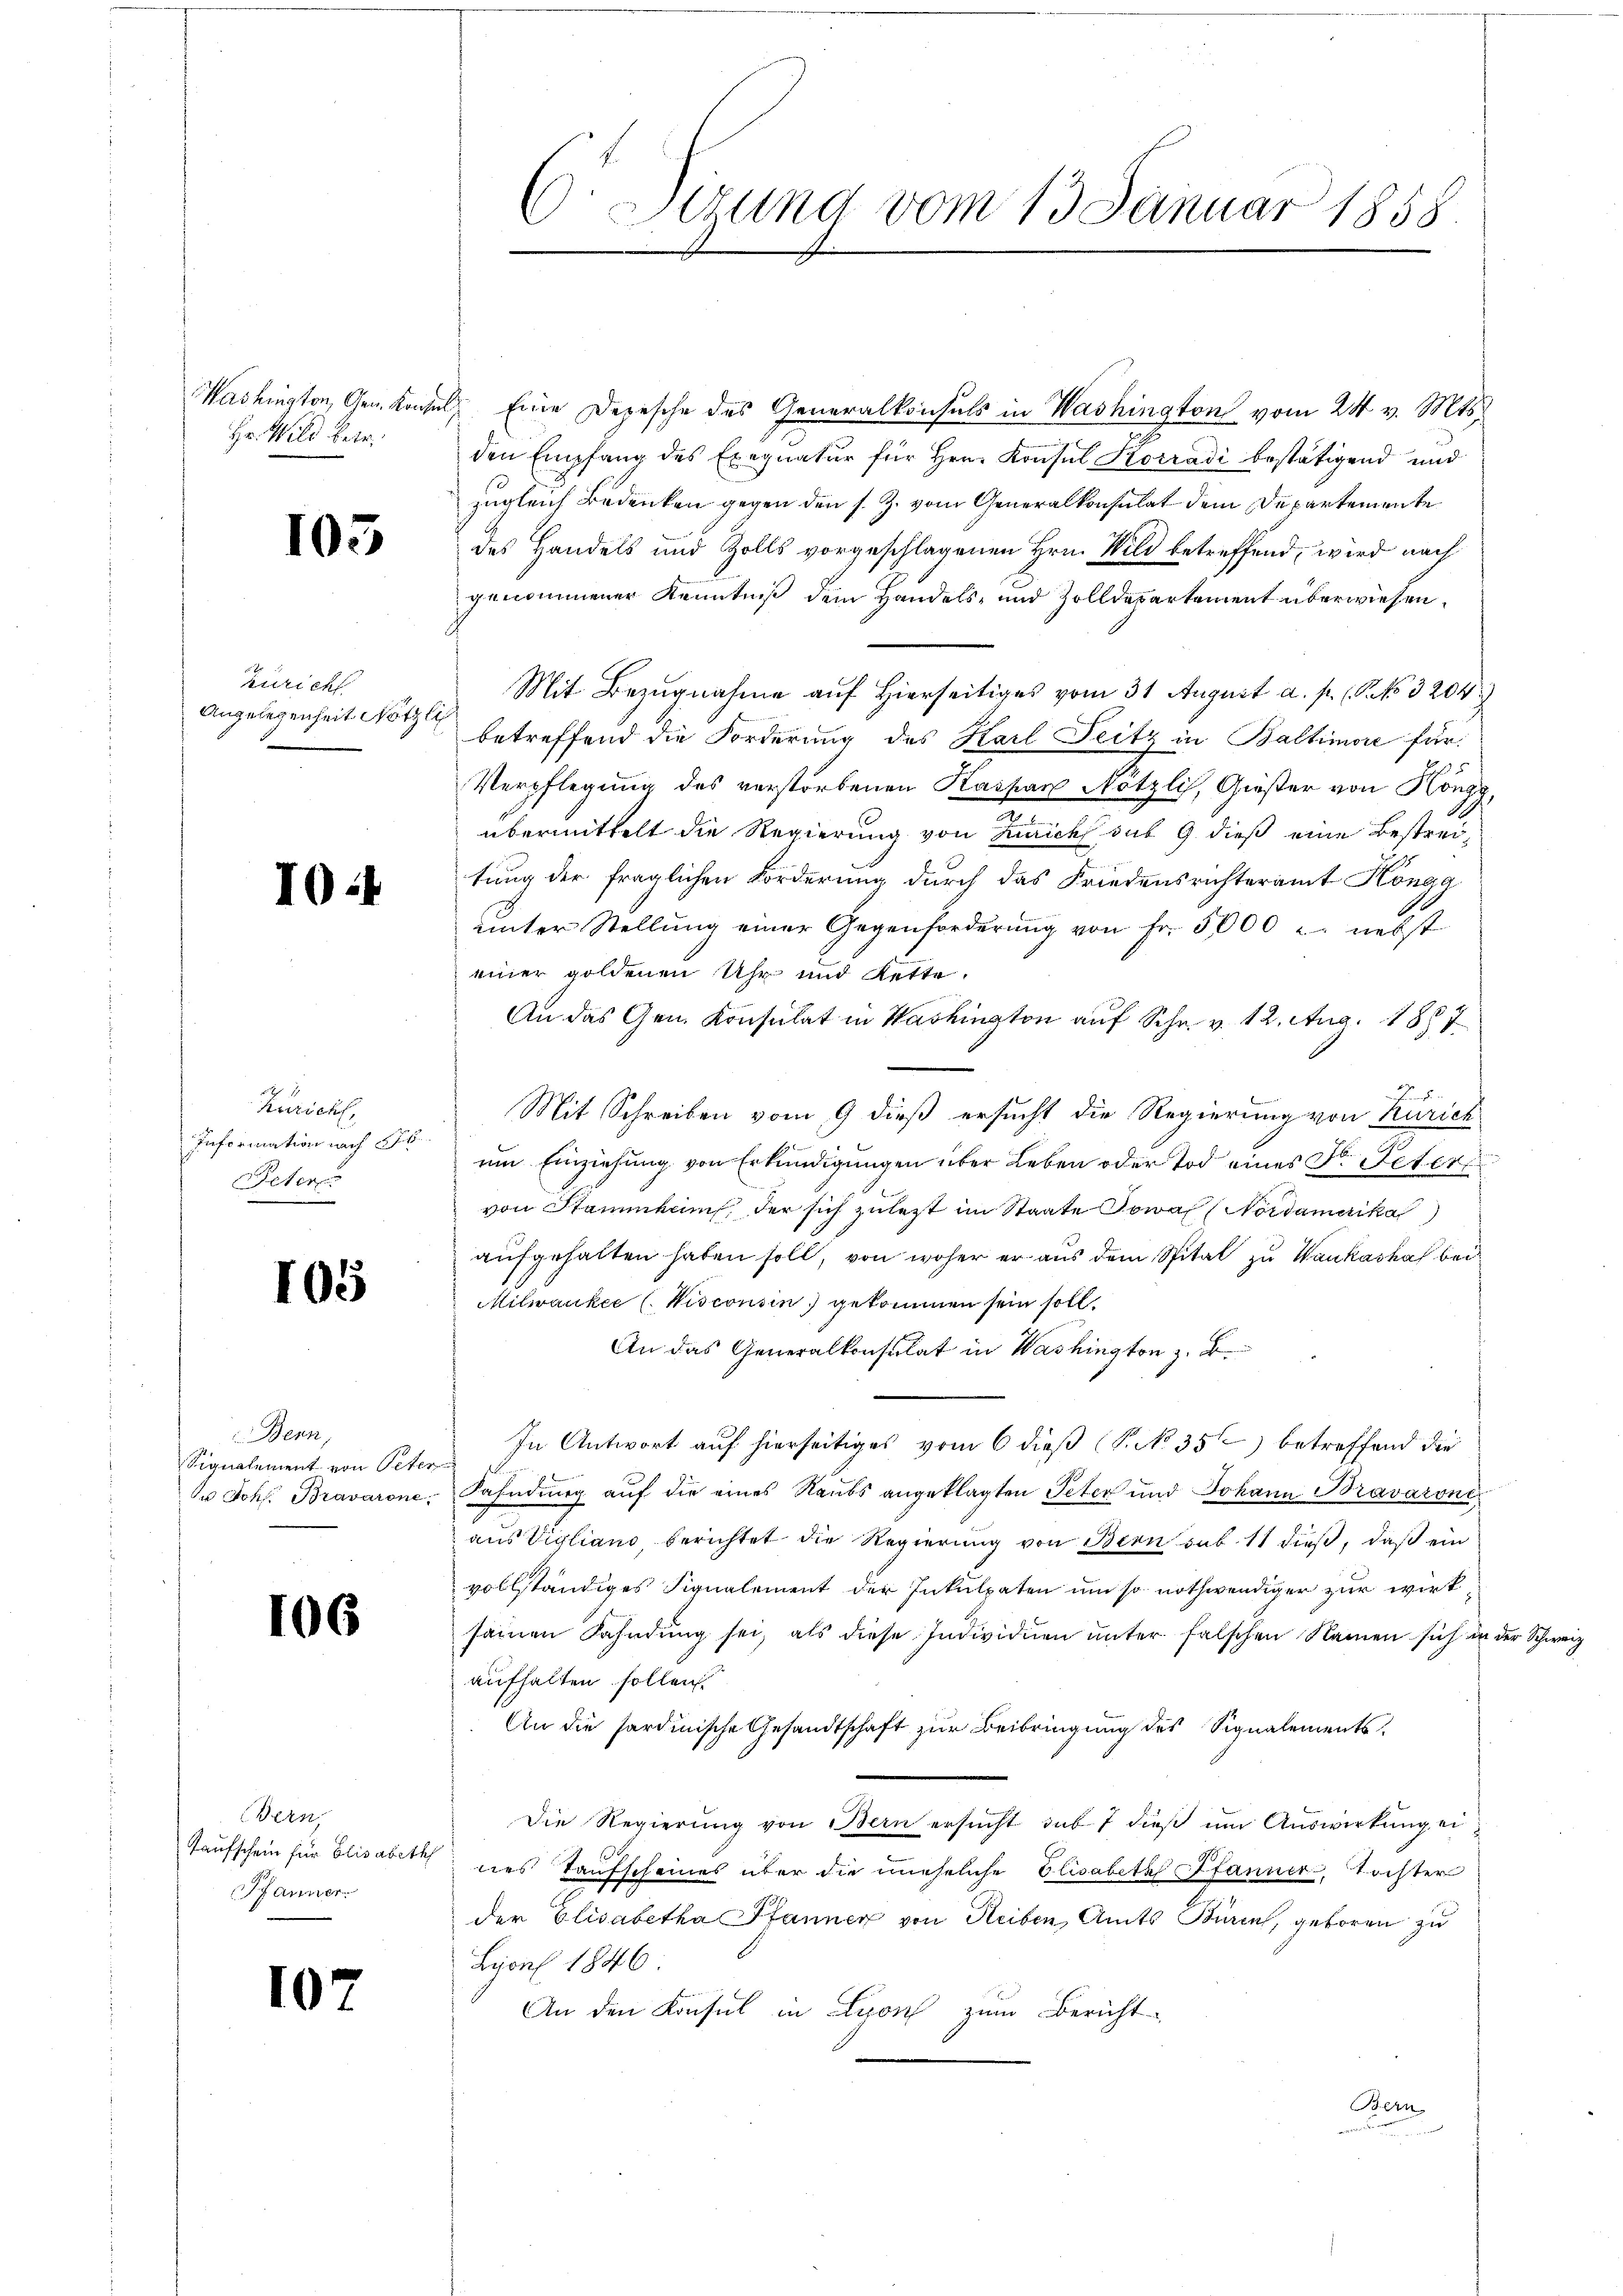
Washington, Gen. Konze
Hr. Wild betr.

105

Zürich
Angelegenheit Nötzli

I0:1

Küricht,
Information nach St.
Peter

105

Bern,
Signalement von Pete
r Johs. Bravarone

106

Bern
Kaufschein für Elisabeth
Pfanner

107

C. Sitzung vom 13. Januar 1858.

d Eine Depesche des Generalkonsuls in Washington vom 24. v. Mts.
den Empfang des Exequatur für Hrn. Konsul Korradi bestätigend und
zugleich Bedenken gegen den s. Z. vom Generalkonsulat dem Departemente
des Handels und Zolls vorgeschlagenen Hrn. Wild betreffend, wird nach
genommener Kenntniß dem Handels- und Zolldepartement überwiesen.
Mit Bezugnahme auf Hierseitiges vom 31 August a. p. (S. 3204
betreffend die Forderung des Karl Peitz in Baltimore für
Verpflegung des verstorbenen Kaspar Nötzli, Gießer von Höngg,
übermittelt die Regierung von Zürich sub 9 dieß eine Bestreitung der fraglichen Forderung durch das Friedensrichteramt Höngg
unter Stellung einer Gegenforderŭng von Fr. 5000 u. nebst
einer goldenen Uhr und Rette.
An das Gen. Konsulat in Washington auf Schr. v. 12. Aug. 1887
Mit Schreiben vom 9 dieß ersucht die Regierung von Kurich
um Einziehung von Erkundigungen über Leben oder Tod eines Dr. Peter
von Stammkam, der sich zuletzt im Staate Sowa (Nordamerika
aufgehalten haben soll, von woher er aus dem Spital zu Waukashof bei
Milwanker (Wisconsin gekommen sein soll.
An das Generalkonsulat in Washington z. B.
In Antwort auf hierseitiges vom 6 dieß (N. No 35) betreffend die
Fahndung auf die eines Raubs angeklagten Peter und Johann Bravarone
aus Vigliano berichtet die Regierung von Bern sub. 11 dieß, daß ein
vollständiges Signalement der Inkulpaten um so nothwendiger zur wirkseinen Fahndung sei, als diese Individuen unter falschen Namen sich in der Schweiz
aufhalten sollen.
An die sardinische Gesandtschaft zur Beibringung des Signalements¬
Die Regierung von Bern ersucht sub 7 dieß um Auswirkung eines Taufscheines über die uneheliche Elisabeth Pfanner Tochter
der Elisabetha Pfanner von Heiben, Amts Büren, geboren zu
Lyon 1846
An den Konsul in Lyon zum Bericht
Bern